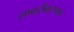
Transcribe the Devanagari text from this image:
लष्करीकरणाने